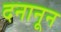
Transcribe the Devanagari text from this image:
दनानून